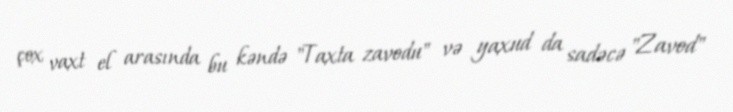
çox vaxt el arasında bu kəndə "Taxta zavodu" və yaxud da sadəcə "Zavod"